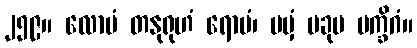
၂၅၉။ လောမံ တနုရုဟံ ရောမံ၊ ပမှံ ပခုမ မက္ခိဂံ။